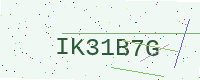
Text: IK31B7G